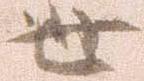
世